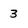
Character: 3